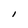
Character: I